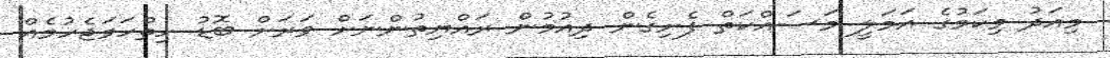
މިއަދު މިކަމުގެެ އަމަލީ މަސައްކަތް ފެށިގެން ދިއުމުން ރައްޔިތުންނަށް ވަރަށް ބޮޑު ހިތްހަމަޖެހުމެއް